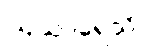
ဩသာရေသိ